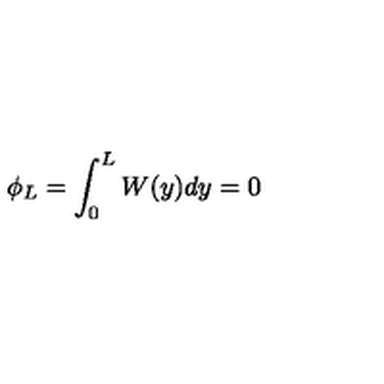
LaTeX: \phi _ { L } = \int _ { 0 } ^ { L } W ( y ) d y = 0